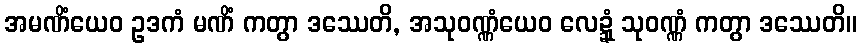
အမဏိံယေဝ ဥဒကံ မဏိံ ကတွာ ဒဿေတိ, အသုဝဏ္ဏံယေဝ လေဍ္ဍုံ သုဝဏ္ဏံ ကတွာ ဒဿေတိ။